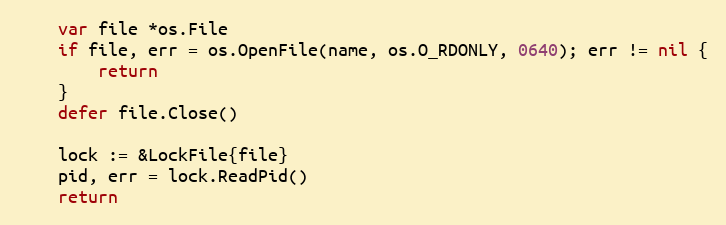
Language: Go
	var file *os.File
	if file, err = os.OpenFile(name, os.O_RDONLY, 0640); err != nil {
		return
	}
	defer file.Close()

	lock := &LockFile{file}
	pid, err = lock.ReadPid()
	return